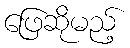
ဖြေဆိုမည့်